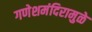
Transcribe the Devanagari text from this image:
गणेशमंदिरामुळे